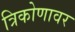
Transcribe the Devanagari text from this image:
त्रिकोणावर